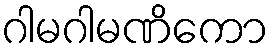
ဂါမဂါမဏိကော